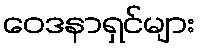
ဝေဒနာရှင်များ